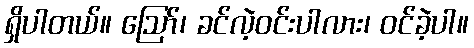
ရှိပါတယ်။ ဪ၊ ခင်လဲ့ဝင်းပါလား၊ ဝင်ခဲ့ပါ။